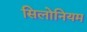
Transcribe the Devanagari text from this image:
सिलोनियम